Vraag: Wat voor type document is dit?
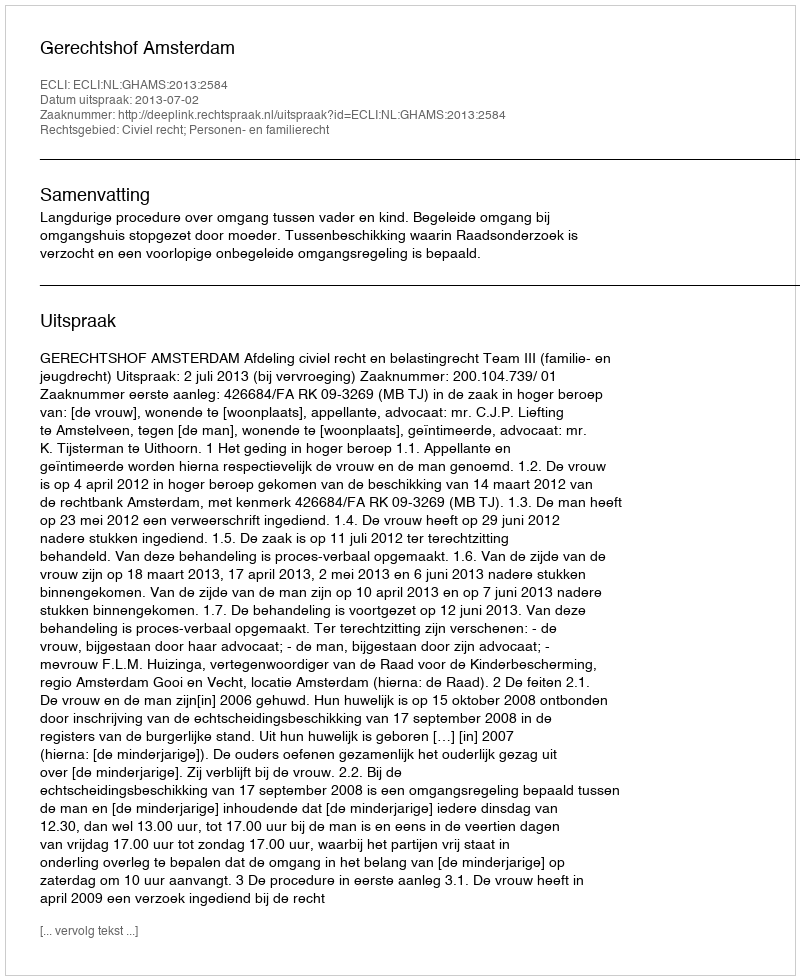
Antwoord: Uitspraak